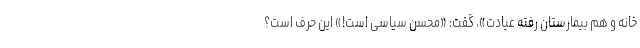
خانه و هم بیمارستان رفته عیادت»، گفت: «محسن سیاسی است!» این حرف است؟